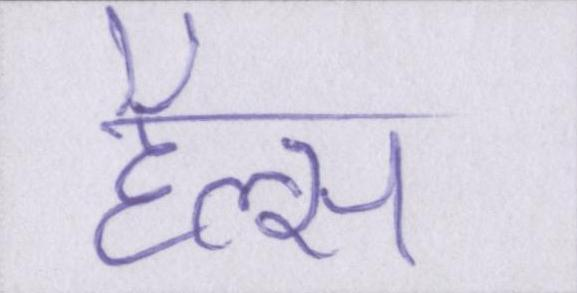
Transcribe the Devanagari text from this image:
हैल्स